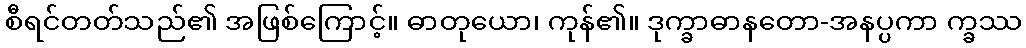
စီရင်တတ်သည်၏ အဖြစ်ကြောင့်။ ဓာတုယော၊ ကုန်၏။ ဒုက္ခာဓာနတော-အနပ္ပကာ က္ခဿ